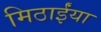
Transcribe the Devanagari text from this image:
मिठाईंया